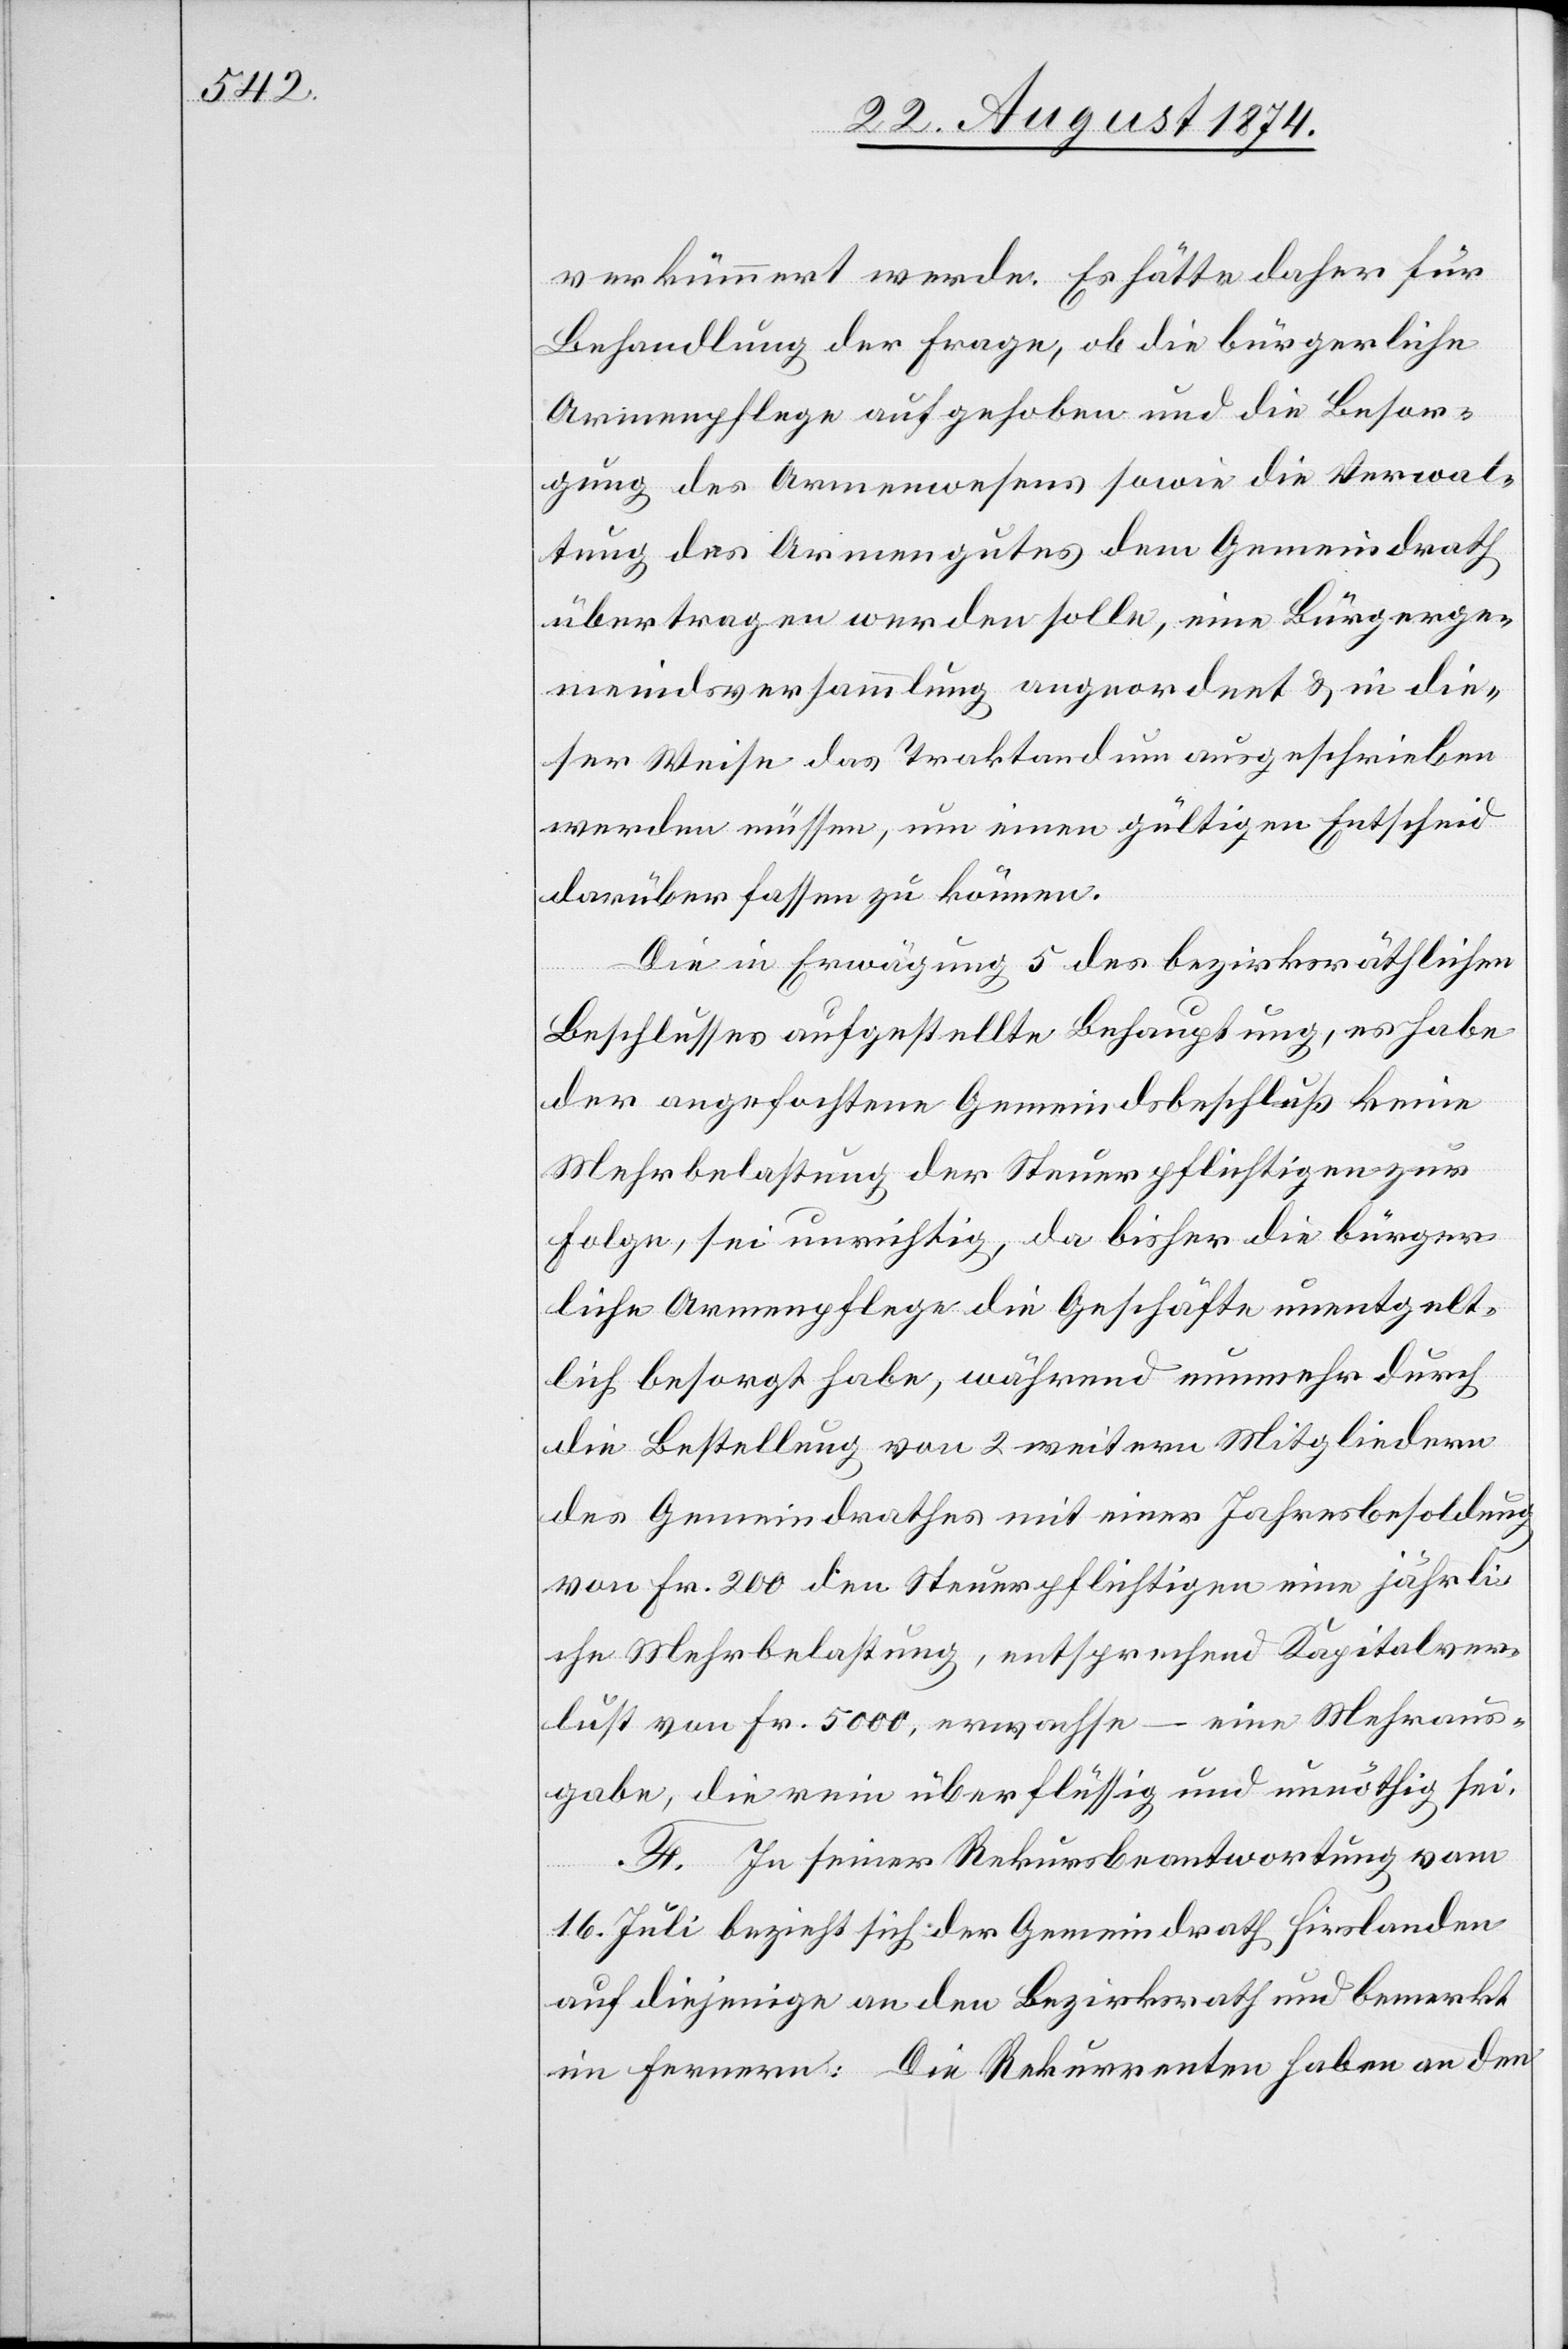
verkümmert werde. Es hätte daher für
Behandlung der Frage, ob die bürgerliche
Armenpflege aufgehoben und die Besor¬
gung des Armenwesens sowie die Verwal¬
tung des Armengutes dem Gemeindrath
übertragen werden solle, eine Bürgerge¬
meindsversammlung angeordnet u. in die¬
ser Weise das Traktandum ausgeschrieben
werden müssen, um einen gültigen Entscheid
darüber fassen zu können.
Die in Erwägung 5 des bezirksräthlichen
Beschlusses aufgestellte Behauptung, es habe
der angefochtene Gemeindsbeschluß keine
Mehrbelastung der Steuerpflichtigen zur
Folge, sei unrichtig, da bisher die bürger¬
liche Armenpflege die Geschäfte unentgelt¬
lich besorgt habe, während nunmehr durch
die Bestellung von 2 weitern Mitgliedern
des Gemeindrathes mit einer Jahresbesoldung
von Fr. 200 den Steuerpflichtigen eine jährli¬
che Mehrbelastung, entsprechend Kapitalver¬
lust von Fr. 5000, erwachse – eine Mehraus¬
gabe, die rein überflüssig und unnöthig sei.
F. In seiner Rekursbeantwortung vom
16. Juli bezieht sich der Gemeindrath Hirslanden
auf diejenige an den Bezirksrath und bemerkt
im Fernern: Die Rekurrenten haben an den